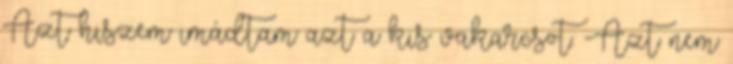
Azt hiszem imádtam azt a kis vakarcsot. -Azt nem